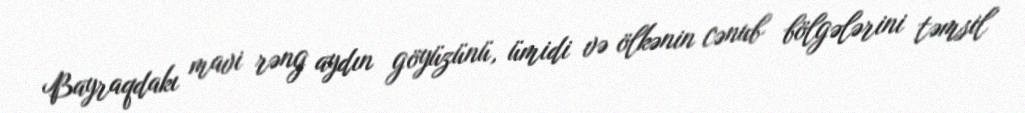
Bayraqdakı mavi rəng aydın göyüzünü, ümidi və ölkənin cənub bölgələrini təmsil